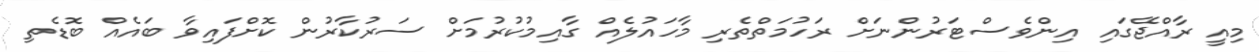
މިއީ ރާއްޖޭގައިި އިންވެސްޓަރުންނަށް ރަހުމަތްތެރި މާހައުލެއް ގާއިމުކުރުމަށް ސަރުކާރުން ކޮށްފައިވާ ބައެއް ބޮޑެތި